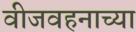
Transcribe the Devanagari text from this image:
वीजवहनाच्या